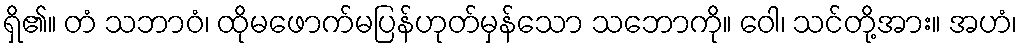
ရှိ၏။ တံ သဘာဝံ၊ ထိုမဖောက်မပြန်ဟုတ်မှန်သော သဘောကို။ ဝေါ၊ သင်တို့အား။ အဟံ၊